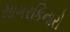
સાગરકિનારો